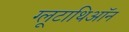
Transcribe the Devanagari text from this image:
ग्लूटाथिऑन